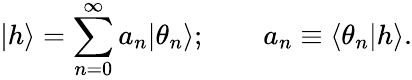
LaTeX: \vert h\rangle=\sum_{n=0}^{\infty}a_{n}\vert\theta_{n}\rangle;\quad\quad a_{n}\equiv\langle\theta_{n}\vert h\rangle.